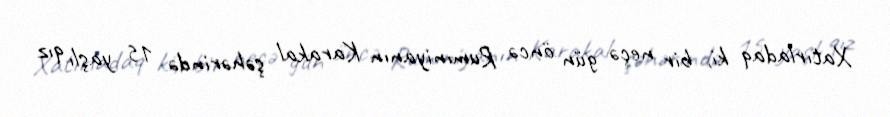
Xatırladaq ki, bir neçə gün öncə Rumıniyanın Karakal şəhərində 15 yaşlı qız